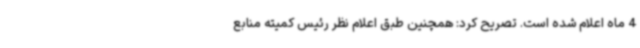
4 ماه اعلام شده است. تصریح کرد: همچنین طبق اعلام نظر رئیس کمیته منابع